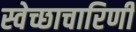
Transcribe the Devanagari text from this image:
स्वेच्छाचारिणी